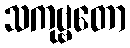
သကုဗ္ဗတော